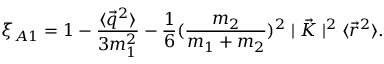
\xi _ { A 1 } = 1 - \frac { \langle \vec { q } ^ { 2 } \rangle } { 3 m _ { 1 } ^ { 2 } } - \frac { 1 } { 6 } ( \frac { m _ { 2 } } { m _ { 1 } + m _ { 2 } } ) ^ { 2 } \mid \vec { K } \mid ^ { 2 } \langle \vec { r } ^ { 2 } \rangle .